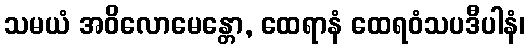
သမယံ အဝိလောမေန္တော, ထေရာနံ ထေရဝံသပဒီပါနံ၊